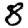
Digit: 8